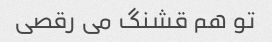
تو هم قشنگ می رقصی